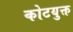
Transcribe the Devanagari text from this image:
कोटयुक्त